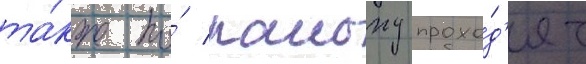
та́кже по́ раиону прохо́д'ят